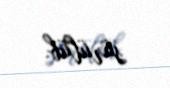
sürülüb.